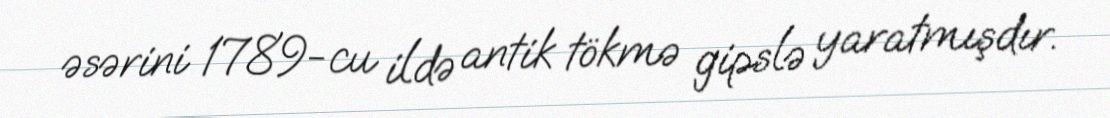
əsərini 1789-cu ildə antik tökmə gipslə yaratmışdır.